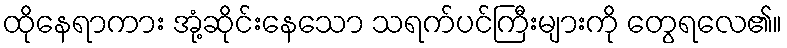
ထိုနေရာကား အုံ့ဆိုင်းနေသော သရက်ပင်ကြီးများကို တွေရလေ၏။